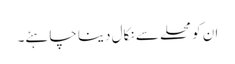
ان کو محلے سے نکال دینا چاہئے۔